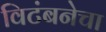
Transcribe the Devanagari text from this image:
विटंबनेचा